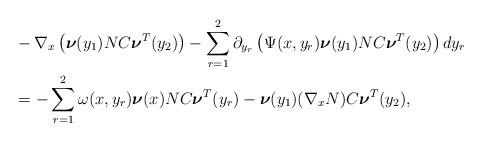
LaTeX: \begin{align*}&-\nabla_x \left(\boldsymbol{\nu}(y_1)NC\boldsymbol{\nu}^T(y_2)\right)- \sum_{r=1}^2 \partial_{y_r} \left( \Psi(x,y_r) \boldsymbol{\nu}(y_1)NC\boldsymbol{\nu}^T(y_2) \right)dy_r\\&=-\sum_{r=1}^2\omega(x,y_r)\boldsymbol{\nu}(x)NC\boldsymbol{\nu}^T(y_r) -\boldsymbol{\nu}(y_1)(\nabla_x N)C\boldsymbol{\nu}^T(y_2),\end{align*}